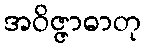
အဝိဇ္ဇာဓာတု